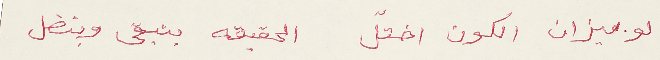
لو ميزان الكون اختلّ الحقيقه بتبقى وبتضل